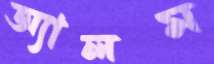
অ্যালম